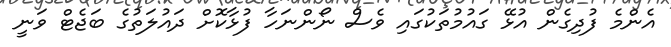
އެންމެ ފުދިގެން އުޅޭ ގައުމުތަކުގައި ވެސް ނޯންނަހާ ފުޅާކޮށް ދައުލަތުގެ ބަޖެޓް ވަނީ